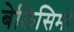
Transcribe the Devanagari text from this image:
बेलिसिमो